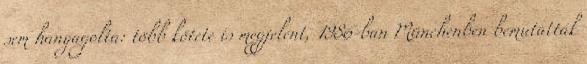
sem hanyagolta: több kötete is megjelent, 1986-ban Münchenben bemutatták